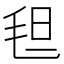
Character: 𬇀